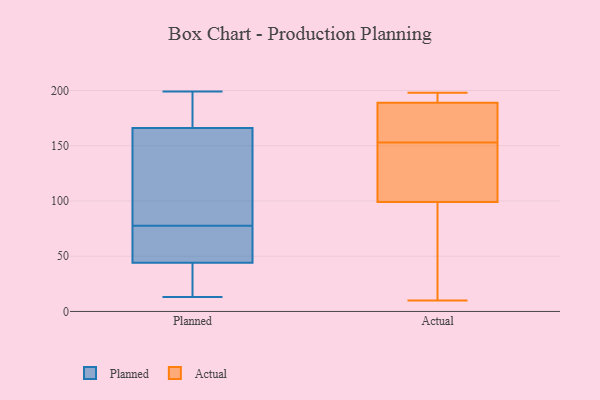
{"axis": {"x": "Budget (USD K)", "y": "Value"}, "legend": ["Actual", "Planned"], "data": [{"x": "", "y": 189, "type": "Planned"}, {"x": "", "y": 199, "type": "Planned"}, {"x": "", "y": 182, "type": "Planned"}, {"x": "", "y": 13, "type": "Planned"}, {"x": "", "y": 44, "type": "Planned"}, {"x": "", "y": 127, "type": "Planned"}, {"x": "", "y": 32, "type": "Planned"}, {"x": "", "y": 85, "type": "Planned"}, {"x": "", "y": 69, "type": "Planned"}, {"x": "", "y": 115, "type": "Planned"}, {"x": "", "y": 166, "type": "Planned"}, {"x": "", "y": 23, "type": "Planned"}, {"x": "", "y": 58, "type": "Planned"}, {"x": "", "y": 70, "type": "Planned"}, {"x": "", "y": 30, "type": "Actual"}, {"x": "", "y": 194, "type": "Actual"}, {"x": "", "y": 125, "type": "Actual"}, {"x": "", "y": 132, "type": "Actual"}, {"x": "", "y": 198, "type": "Actual"}, {"x": "", "y": 192, "type": "Actual"}, {"x": "", "y": 190, "type": "Actual"}, {"x": "", "y": 44, "type": "Actual"}, {"x": "", "y": 168, "type": "Actual"}, {"x": "", "y": 153, "type": "Actual"}, {"x": "", "y": 189, "type": "Actual"}, {"x": "", "y": 10, "type": "Actual"}, {"x": "", "y": 182, "type": "Actual"}, {"x": "", "y": 99, "type": "Actual"}, {"x": "", "y": 153, "type": "Actual"}, {"x": "", "y": 131, "type": "Actual"}, {"x": "", "y": 94, "type": "Actual"}, {"x": "", "y": 157, "type": "Actual"}]}